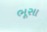
ભૂસા